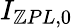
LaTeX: I_{\mathbb{Z}PL,0}